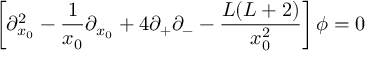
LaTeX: \left[ \partial _ { x _ { 0 } } ^ { 2 } - \frac { 1 } { x _ { 0 } } \partial _ { x _ { 0 } } + 4 \partial _ { + } \partial _ { - } - \frac { L ( L + 2 ) } { x _ { 0 } ^ { 2 } } \right] \phi = 0